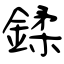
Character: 鍒